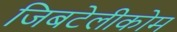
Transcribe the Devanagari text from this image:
जिबटेलीकोम